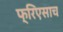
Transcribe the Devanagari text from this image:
फ्रिएसाच